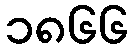
၁၈၆၆